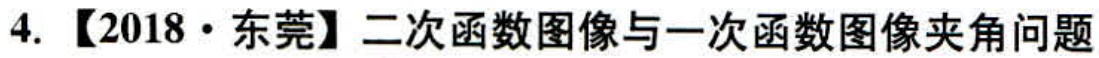
4. 【2018·东莞】二次函数图像与一次函数图像夹角问题